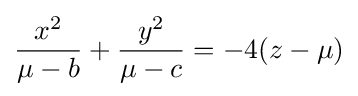
{\frac {x^{2}}{\mu -b}}+{\frac {y^{2}}{\mu -c}}=-4(z-\mu )